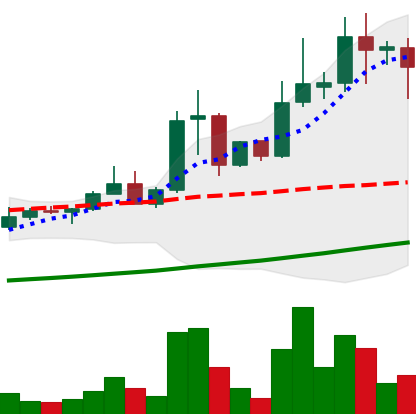
Ticker: XLM-USD
Chart end date: 2021-04-16
Forward return: -19.759%
Label: down_7plus